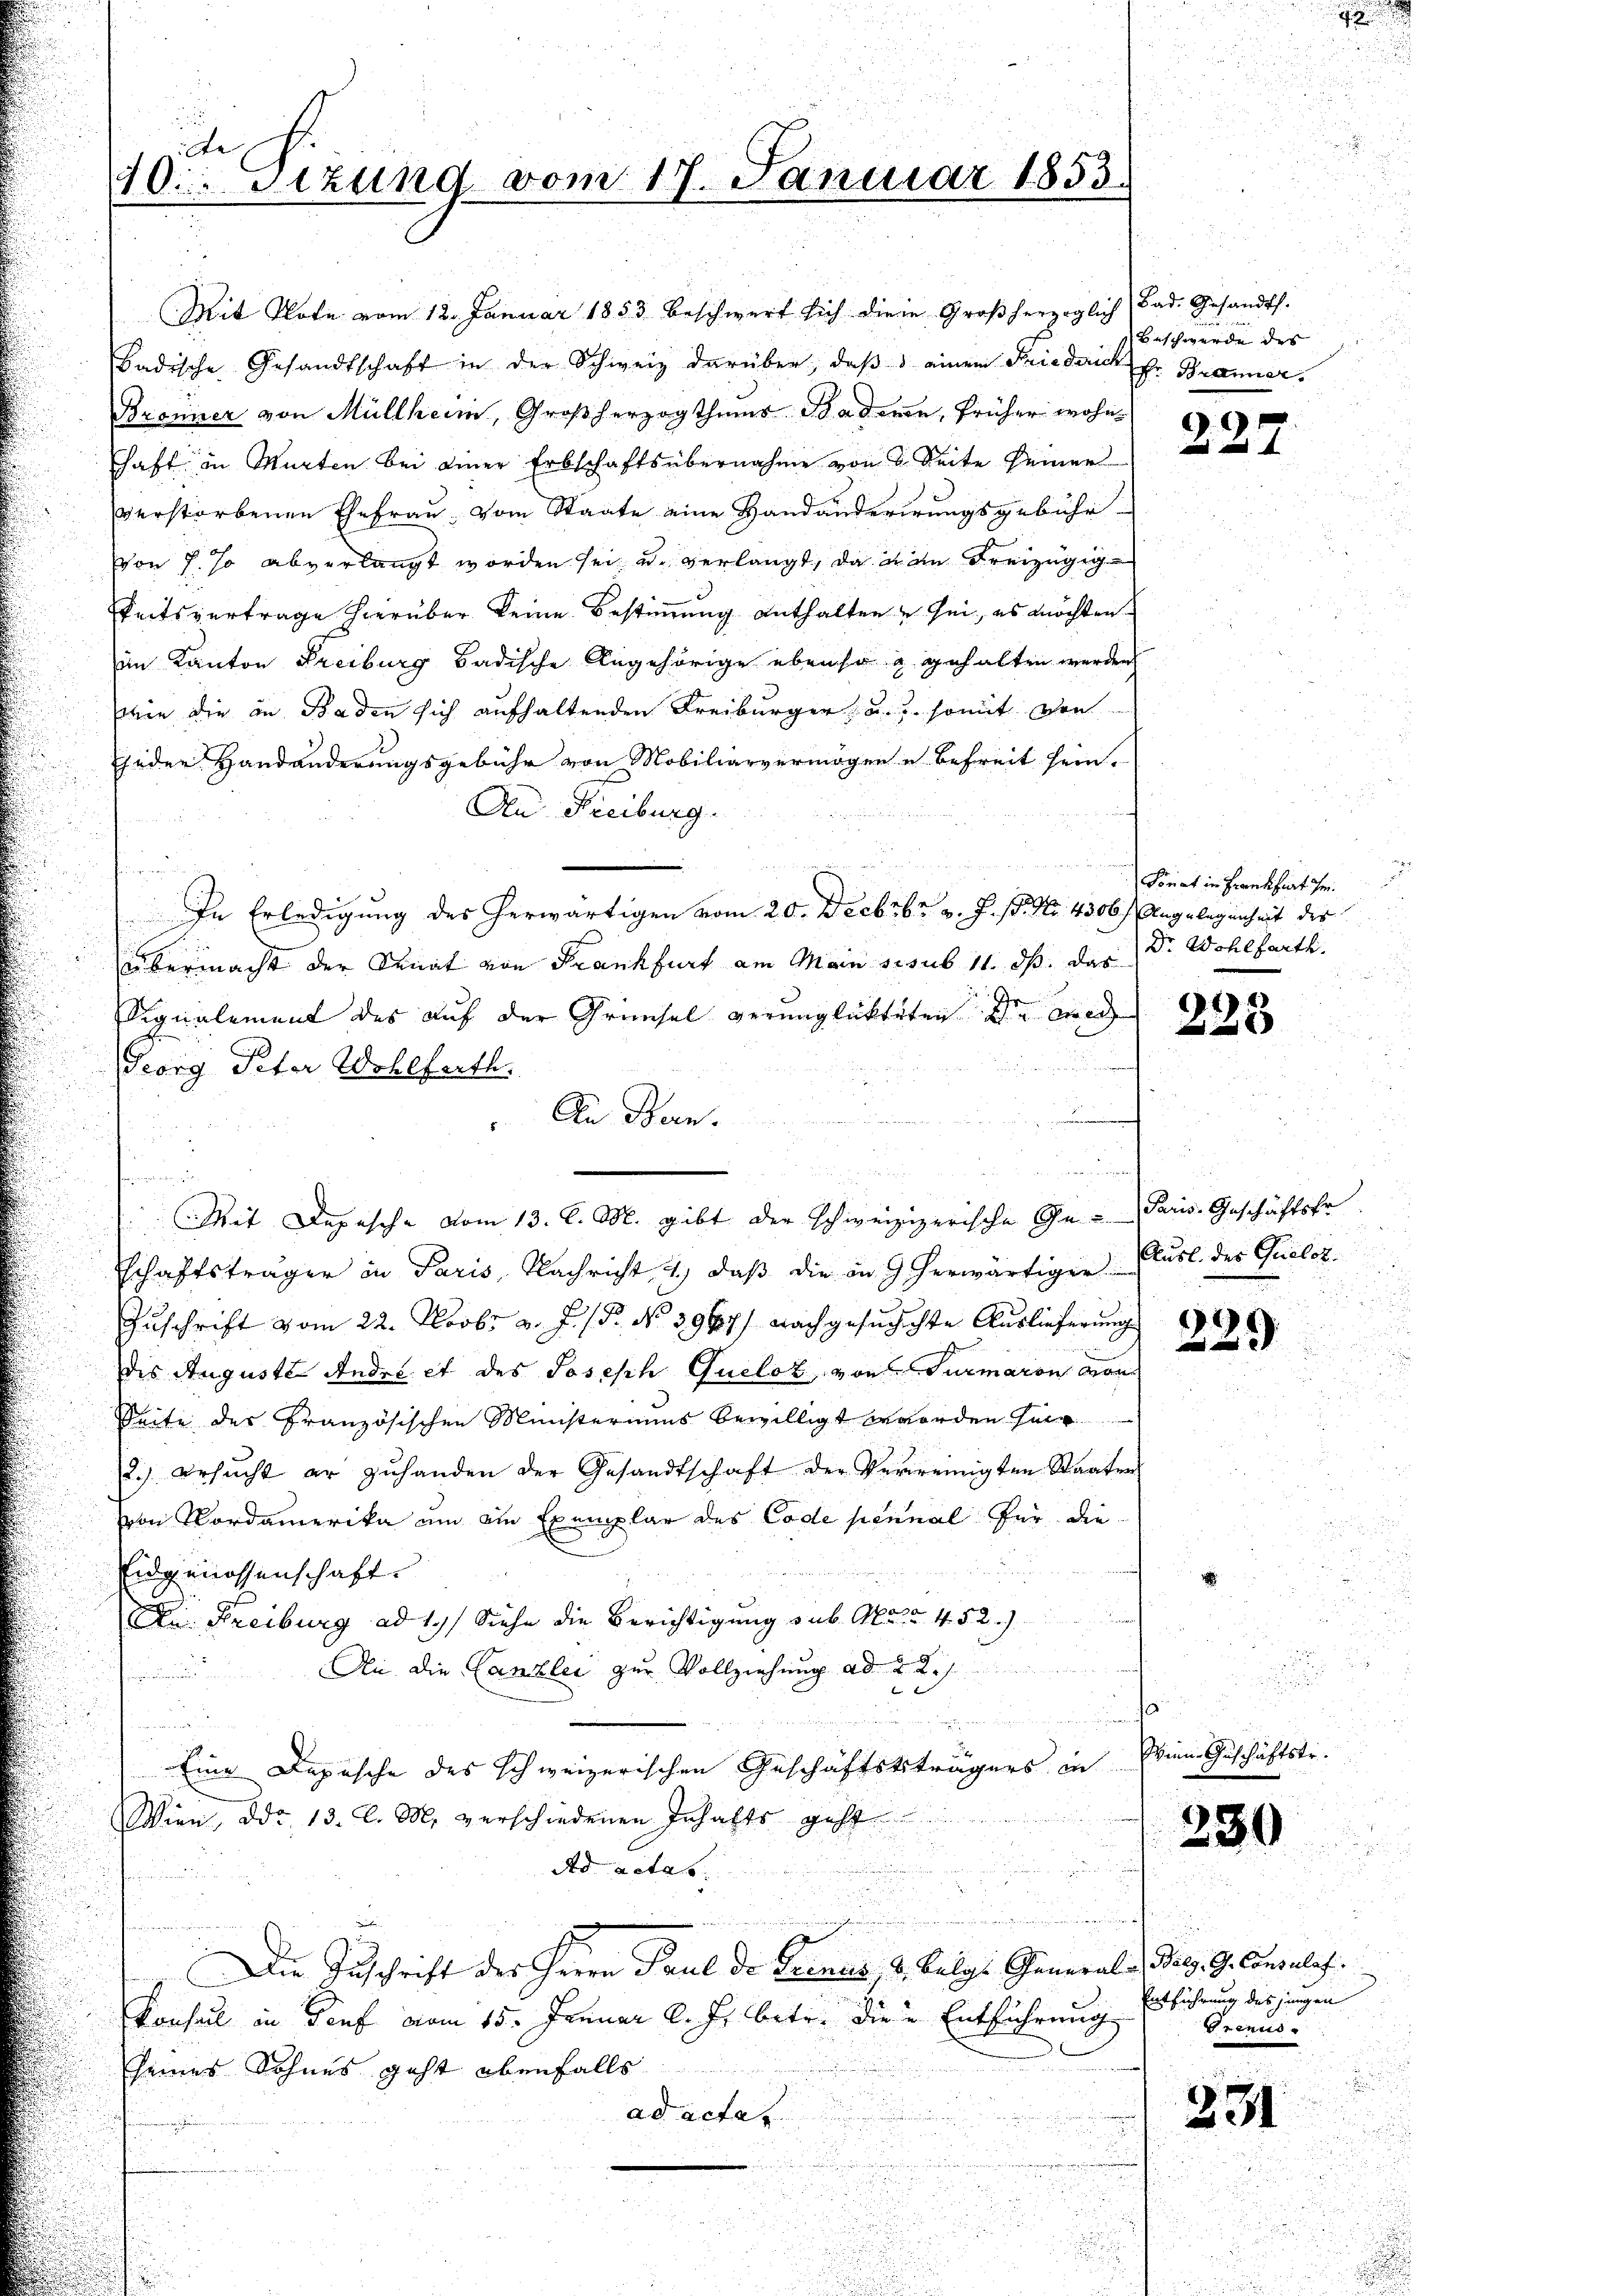
20. Sitzung vom 17. Januar 1853

Mit Note vom 12. Januar 1853 beschwert sich die in Großherzoglich Bad. Gesandt.
badische Gesandtschaft in der Schweiz darüber, daß einem Friedanker Branner
Bronier von Müllheim, Großherzogthums Schaderen, früher wohn
haft in Murten bei einer Erbschaftsübernahme von 3 Seite seiner
verstorbenen Ehefrau vom Staate eine Handänderirungsgebühr
von J. so abverlangt worden sei, u. verlangt, da man Freizügigkeitsvertrage hierüber keine Bestimmung enthalten u sei, es möchten
im Kanton Freiburg badische Angehörige ebenso u. gehalten werden
wie die in Baden sich aufhaltenden Freiburger, u. u. somit von
jeder Handänderungsgebühr von Mobiliarvermögen u befreit sein.
An Freiburg.
s
In Erledigung des herwärtigen vom 20. Decbrbr v. J. P. Nr. 4306 f. Angelegenheit des
übermacht der Senat von Frankfurt am Main sesub 11. ds. das
Signalement des auf der Grünsel verunglükteten die mich
Feorg Peter Wohlfarth.
An Bern.
u
n
i
schaftsträger in Paris, Nachricht 4, daß die in herwärtiger
Zuschrift vom 22. Novbr. v. J. P. No. 3917.) Nachgesuchichte Auslieferung
des Auguste Andre et des Joseph Queloz, von Turmaron von
Seite des Französischen Ministeriums bewilligt beworden sein
2.) ersŭcht er zŭ handen der Gesandtschaft der Verweinigten Staaten
von Nordamerika am ein Exemplar des Code senial für die
Vidgenossenschaft.
Du Freiburg ad 1. Siehe die Berichtigung sub. Male 4. 52.
An die Canzlei zur Vollziehung ad 2. s.
e
.
s
elet weder einersten

Eine Depesche des schweizerischen Geschäftsträgers in
Wien, ddo. 13. l. M. verschiedenen Inhalts geht
Ad actas
i
Die Zuschrift der Herrn Paul Dr Frenes, d. Bulg. General v. Pag. 9. Consuls
Konsul in Genf vom 15. Januar l. Js. betr. die Entführung
u
seines Sohnes geht ebenfalls
ad actat
i

u

Mit Depesche vom 13. d. M. gibt der schweizizerische Ge- Paris Geschäftsfr.

Beschwerde des |

0x

a
Fonat in Frankfurt ihm
Dr. Wohlfarth.

1)
8

Ausl. des Queloz.

229

Wien Geschäftstr.

230

Entführung des jungen
Frenus

231